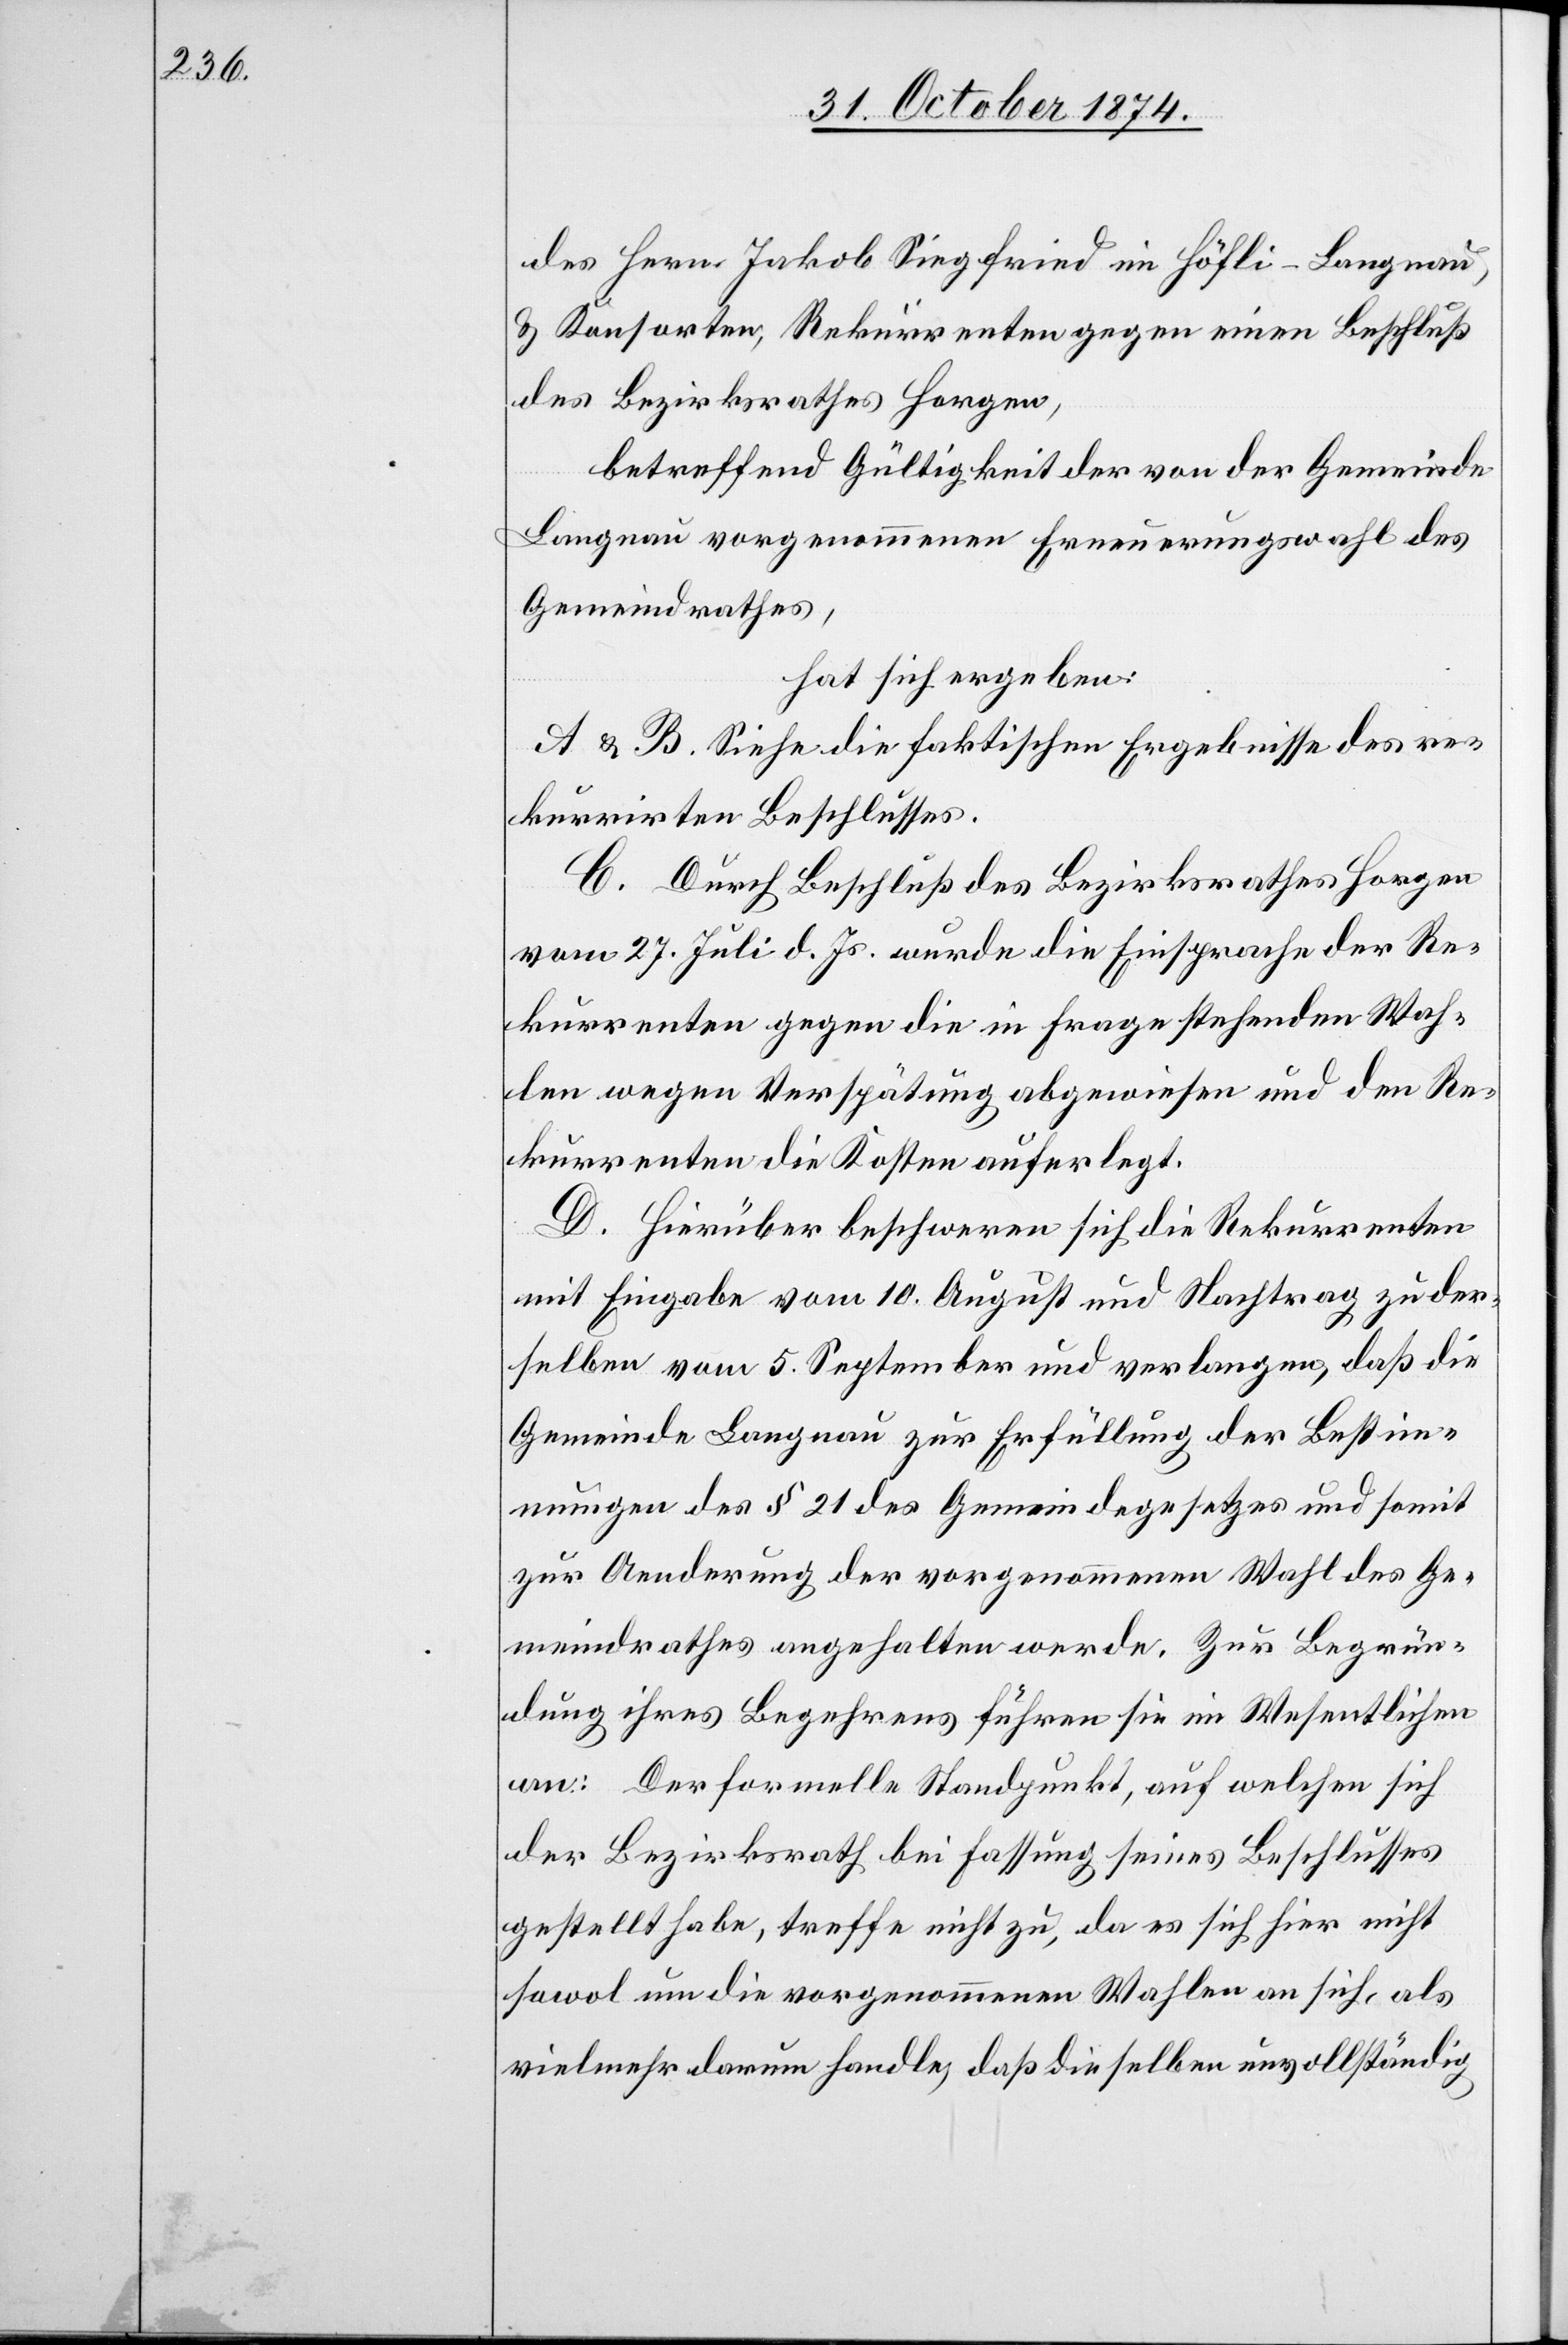
des Herrn Jakob Siegfried im Höfli-Langnau,
& Konsorten, Rekurrenten gegen einen Beschluß
des Bezirksrathes Horgen,
betreffend Gültigkeit der von der Gemeinde
Langnau vorgenommenen Erneuerungswahl des
Gemeindrathes,
hat sich ergeben:
A & B. Siehe die faktischen Ergebnisse des re¬
kurrirten Beschlusses.
C. Durch Beschluß des Bezirksrathes Horgen
vom 27. Juli d. Js. wurde die Einsprache der Re¬
kurrenten gegen die in Frage stehenden Wah¬
len wegen Verspätung abgewiesen und den Re¬
kurrenten die Kosten auferlegt.
D. Hierüber beschweren sich die Rekurrenten
mit Eingabe vom 10. August und Nachtrag zu der¬
selben vom 5. September und verlangen, daß die
Gemeinde Langnau zur Erfüllung der Bestimm¬
ungen des § 21 des Gemeindegesetzes und somit
zur Aenderung der vorgenommenen Wahl des Ge¬
meindrathes angehalten werde. Zur Begrün¬
dung ihres Begehrens führen sie im Wesentlichen
an: Der formelle Standpunkt, auf welchen sich
der Bezirksrath bei Fassung seines Beschlusses
gestellt habe, treffe nicht zu, da es sich hier nicht
sowol um die vorgenommenen Wahlen an sich, als
vielmehr darum handle, daß die selben unvollständig